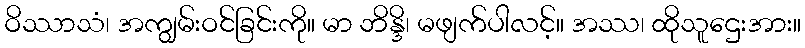
ဝိဿာသံ၊ အကျွမ်းဝင်ခြင်းကို။ မာ ဘိန္ဒိ၊ မဖျက်ပါလင့်။ အဿ၊ ထိုသူဌေးအား။